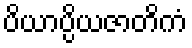
ပိယာပ္ပိယဇာတိကံ